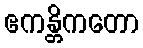
ဧကန္တိကတော